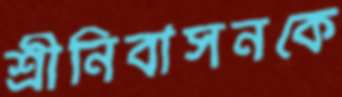
শ্রীনিবাসনকে